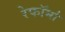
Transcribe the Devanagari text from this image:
रेफॉर्मा